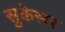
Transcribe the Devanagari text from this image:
सुकेसर